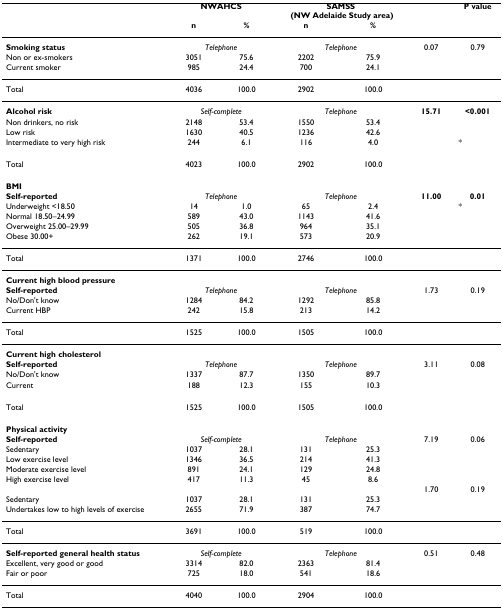
<table><thead><tr><td></td><td colspan="2"><b>NWAHCS</b></td><td colspan="2"><b>SAMSS (NW Adelaide Study area)</b></td><td></td><td><b>P value</b></td></tr><tr><td></td><td><b>n</b></td><td><b>%</b></td><td><b>n</b></td><td><b>%</b></td><td></td><td></td></tr></thead><tbody><tr><td><b>Smoking status</b></td><td colspan="2"><i>Telephone</i></td><td colspan="2"><i>Telephone</i></td><td>0.07</td><td>0.79</td></tr><tr><td>Non or ex-smokers</td><td>3051</td><td>75.6</td><td>2202</td><td>75.9</td><td></td><td></td></tr><tr><td>Current smoker</td><td>985</td><td>24.4</td><td>700</td><td>24.1</td><td></td><td></td></tr><tr><td>Total</td><td>4036</td><td>100.0</td><td>2902</td><td>100.0</td><td></td><td></td></tr><tr><td><b>Alcohol risk</b></td><td colspan="2"><i>Self-complete</i></td><td colspan="2"><i>Telephone</i></td><td><b>15.71</b></td><td><b>&lt;0.001</b></td></tr><tr><td>Non drinkers, no risk</td><td>2148</td><td>53.4</td><td>1550</td><td>53.4</td><td></td><td></td></tr><tr><td>Low risk</td><td>1630</td><td>40.5</td><td>1236</td><td>42.6</td><td></td><td></td></tr><tr><td>Intermediate to very high risk</td><td>244</td><td>6.1</td><td>116</td><td>4.0</td><td></td><td>*</td></tr><tr><td>Total</td><td>4023</td><td>100.0</td><td>2902</td><td>100.0</td><td></td><td></td></tr><tr><td><b>BMI</b></td><td></td><td></td><td></td><td></td><td></td><td></td></tr><tr><td><b>Self-reported</b></td><td colspan="2"><i>Telephone</i></td><td colspan="2"><i>Telephone</i></td><td><b>11.00</b></td><td><b>0.01</b></td></tr><tr><td>Underweight &lt;18.50</td><td>14</td><td>1.0</td><td>65</td><td>2.4</td><td></td><td>*</td></tr><tr><td>Normal 18.50–24.99</td><td>589</td><td>43.0</td><td>1143</td><td>41.6</td><td></td><td></td></tr><tr><td>Overweight 25.00–29.99</td><td>505</td><td>36.8</td><td>964</td><td>35.1</td><td></td><td></td></tr><tr><td>Obese 30.00+</td><td>262</td><td>19.1</td><td>573</td><td>20.9</td><td></td><td></td></tr><tr><td>Total</td><td>1371</td><td>100.0</td><td>2746</td><td>100.0</td><td></td><td></td></tr><tr><td><b>Current high blood pressure</b></td><td></td><td></td><td></td><td></td><td></td><td></td></tr><tr><td><b>Self-reported</b></td><td colspan="2"><i>Telephone</i></td><td colspan="2"><i>Telephone</i></td><td>1.73</td><td>0.19</td></tr><tr><td>No/Don&#x27;t know</td><td>1284</td><td>84.2</td><td>1292</td><td>85.8</td><td></td><td></td></tr><tr><td>Current HBP</td><td>242</td><td>15.8</td><td>213</td><td>14.2</td><td></td><td></td></tr><tr><td>Total</td><td>1525</td><td>100.0</td><td>1505</td><td>100.0</td><td></td><td></td></tr><tr><td><b>Current high cholesterol</b></td><td></td><td></td><td></td><td></td><td></td><td></td></tr><tr><td><b>Self-reported</b></td><td colspan="2"><i>Telephone</i></td><td colspan="2"><i>Telephone</i></td><td>3.11</td><td>0.08</td></tr><tr><td>No/Don&#x27;t know</td><td>1337</td><td>87.7</td><td>1350</td><td>89.7</td><td></td><td></td></tr><tr><td>Current</td><td>188</td><td>12.3</td><td>155</td><td>10.3</td><td></td><td></td></tr><tr><td>Total</td><td>1525</td><td>100.0</td><td>1505</td><td>100.0</td><td></td><td></td></tr><tr><td><b>Physical activity</b></td><td></td><td></td><td></td><td></td><td></td><td></td></tr><tr><td><b>Self-reported</b></td><td colspan="2"><i>Self-complete</i></td><td colspan="2"><i>Telephone</i></td><td>7.19</td><td>0.06</td></tr><tr><td>Sedentary</td><td>1037</td><td>28.1</td><td>131</td><td>25.3</td><td></td><td></td></tr><tr><td>Low exercise level</td><td>1346</td><td>36.5</td><td>214</td><td>41.3</td><td></td><td></td></tr><tr><td>Moderate exercise level</td><td>891</td><td>24.1</td><td>129</td><td>24.8</td><td></td><td></td></tr><tr><td>High exercise level</td><td>417</td><td>11.3</td><td>45</td><td>8.6</td><td></td><td></td></tr><tr><td></td><td></td><td></td><td></td><td></td><td>1.70</td><td>0.19</td></tr><tr><td>Sedentary</td><td>1037</td><td>28.1</td><td>131</td><td>25.3</td><td></td><td></td></tr><tr><td>Undertakes low to high levels of exercise</td><td>2655</td><td>71.9</td><td>387</td><td>74.7</td><td></td><td></td></tr><tr><td>Total</td><td>3691</td><td>100.0</td><td>519</td><td>100.0</td><td></td><td></td></tr><tr><td><b>Self-reported general health status</b></td><td colspan="2"><i>Self-complete</i></td><td colspan="2"><i>Telephone</i></td><td>0.51</td><td>0.48</td></tr><tr><td>Excellent, very good or good</td><td>3314</td><td>82.0</td><td>2363</td><td>81.4</td><td></td><td></td></tr><tr><td>Fair or poor</td><td>725</td><td>18.0</td><td>541</td><td>18.6</td><td></td><td></td></tr><tr><td>Total</td><td>4040</td><td>100.0</td><td>2904</td><td>100.0</td><td></td><td></td></tr></tbody></table>